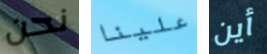
نحن علينا أين